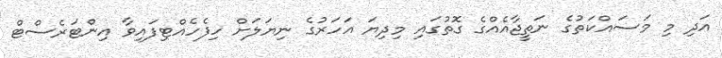
އަދި މި މަސައްކަތުގެ ނަތީޖާއެއްގެ ގޮތުގައި މިދިޔަ އަހަރުގެ ނިޔަލަށް ހިފެހެއްޓިފައިވާ އިންޓަރެސްޓް